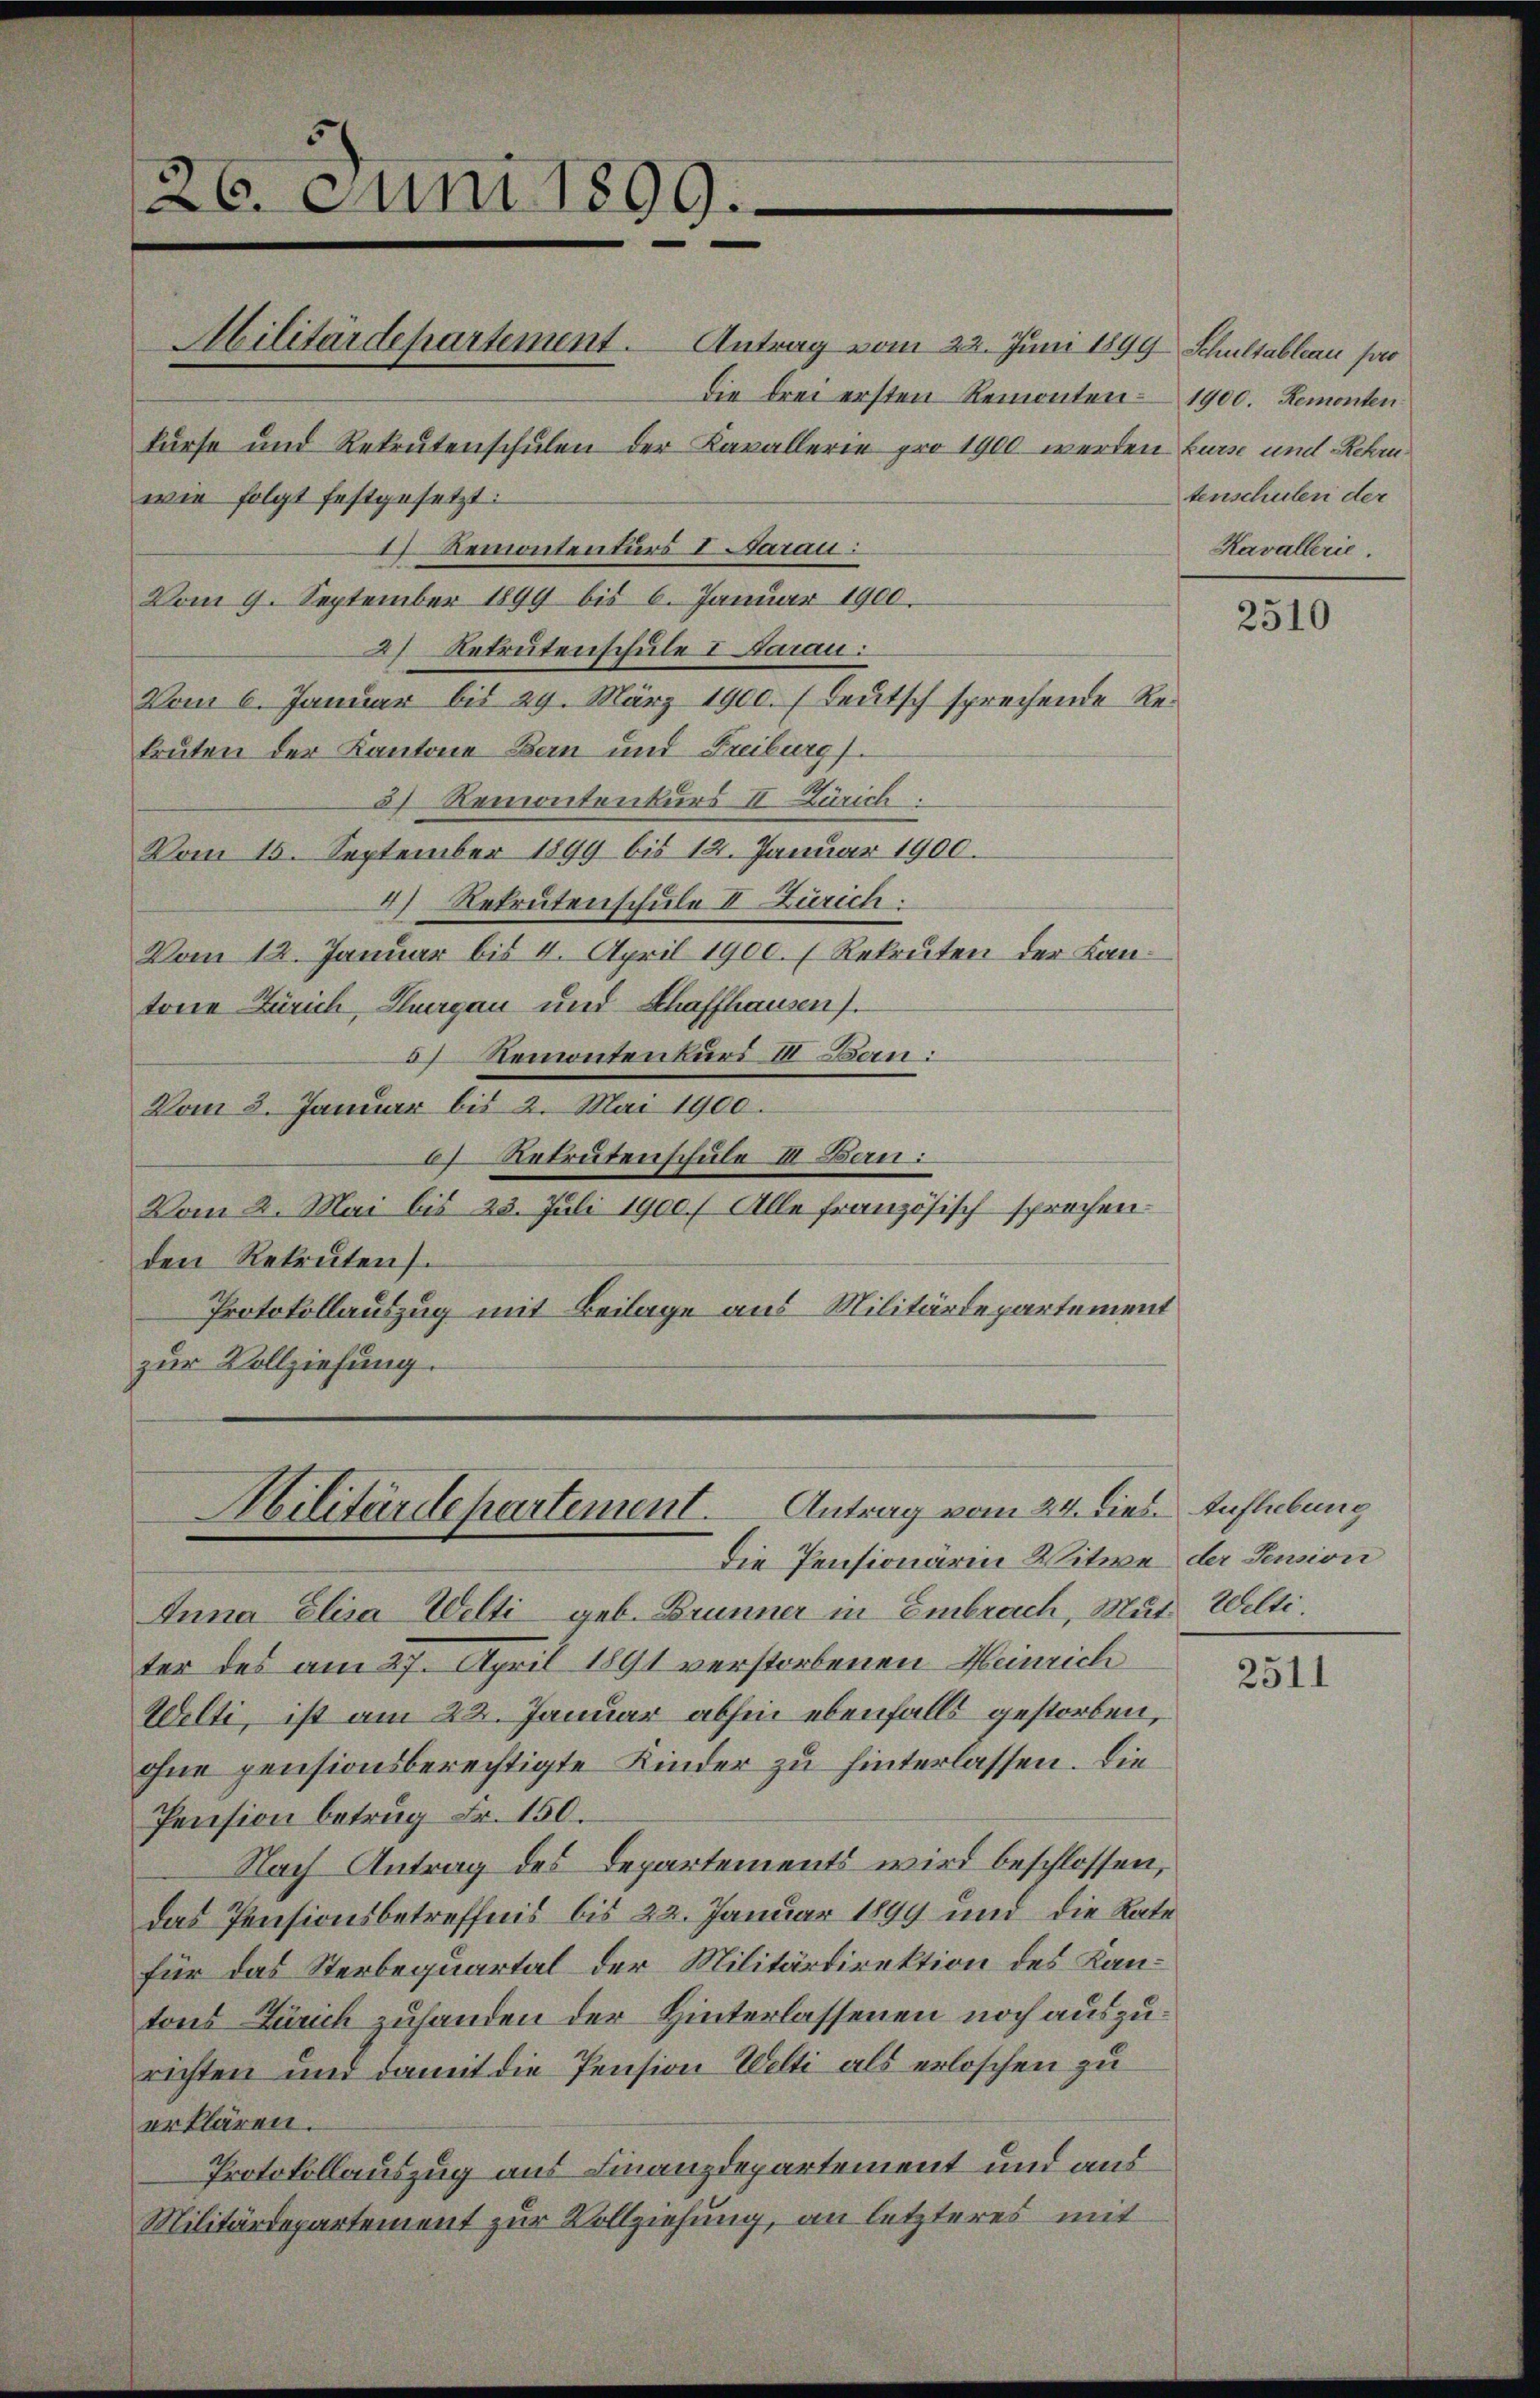
126. Juni 1899.
wie folgt festgesetzt:
1 Remontenturs I. Aarau:

kurse und Rekrutenschulen der Kavallerie pro 1900 werden kurse und Rehrn
Vom 9. September 1899 bis 6. Januar 1900.
2) Retrutenschule I Aarau:
Vom 6. Januar bis 29. März 1900. Teutsch sprechende Rekruten der Kantone Bern und Freiburg.
3) Remontenkurs II Zürich.
Vom 15. September 1899 bis 12. Januar 1900.
4) Rekrutenschule II Zürich:
Vom 12. Januar bis 4. April 1900. u Rekruten der Lantone Zürich, Thurgau und Schaffhausen).
) Remontenkurs III Ban:
Vom 8. Januar bis 2. Mai 1900.
61 Retrutenschule III. Bern.
Vom 2. Mai bis 23. Juli 1900.) Alle französisch sprochen.
den Rekrutens.
Protokollauszug mit Beilage aus Militärdepartement
zur Vollziehung.

Militärdepartement. Antrag vom 24. dies
Die Pensionärin Witwe der Sension

Abilitärdepartement. Antrag vom 22. Juni 1899 Schultableau pro
Die drei ersten Remonten 1900. Remonten

Anna Elisa Welti geb. Brunner in Embrach, Mut Welti,
ter des am 27. April 1891 verstorbenen Heinrich
Welti, ist am 22. Januar abhin ebenfalls gestorben,
ohne pensionsberechtigte Kinder zu hinterlassen. Die
Pension betrug Fr. 150.
Nach Antrag des Departements wird beschlossen,
das Pensionsbetreffnis bis 22. Januar 1899 und die Rate
für das Sterbequartal der Militärdirektion des Kantons Zürich zuhanden der Hinterlassenen noch auszurichten und damit die Pension Welti als erloschen zu
erklären.
Protokollauszug aus Finanzdepartement und aus
Militärdepartement zur Vollziehung, an letzteres mit

tenschulen der
Kavallerie.

2510

Auflebung

2511